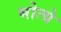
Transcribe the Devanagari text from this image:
मोत्ये